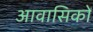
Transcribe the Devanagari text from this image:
आवासिकों